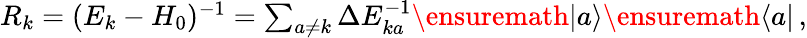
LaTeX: \begin{array}{r}{R_{k}=(E_{k}-H_{0})^{-1}=\sum_{a\ne{k}}\Delta{E_{ka}^{-1}}\ensuremath{|a\rangle}\ensuremath{\langle a|}\, ,}\end{array}